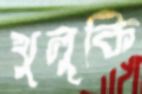
খুলুকি